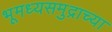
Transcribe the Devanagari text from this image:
भूमध्यसमुद्राच्या